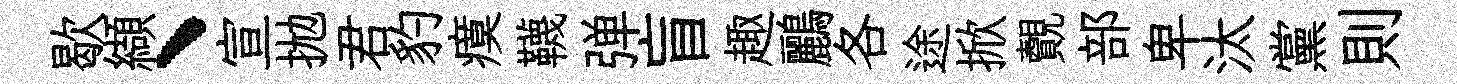
歇纈、宣拋君豹瘼韈弹盲趣鸝各途掀覿部卑汰黨則